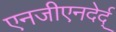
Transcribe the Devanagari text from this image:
एनजीएनदेर्द्